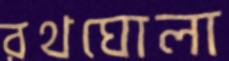
রথঘোলা